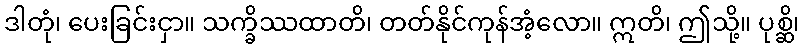
ဒါတုံ၊ ပေးခြင်းငှာ။ သက္ခိဿထာတိ၊ တတ်နိုင်ကုန်အံ့လော။ ဣတိ၊ ဤသို့။ ပုစ္ဆိ၊